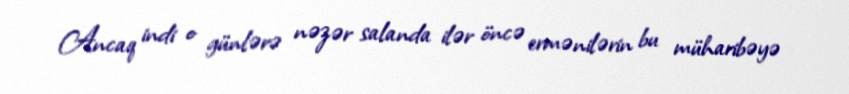
Ancaq indi o günlərə nəzər salanda ilər öncə ermənilərin bu müharibəyə